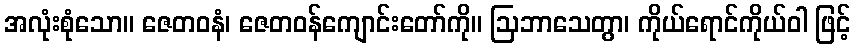
အလုံးစုံသော။ ဇေတဝနံ၊ ဇေတဝန်ကျောင်းတော်ကို။ ဩဘာသေတွာ၊ ကိုယ်ရောင်ကိုယ်ဝါ ဖြင့်